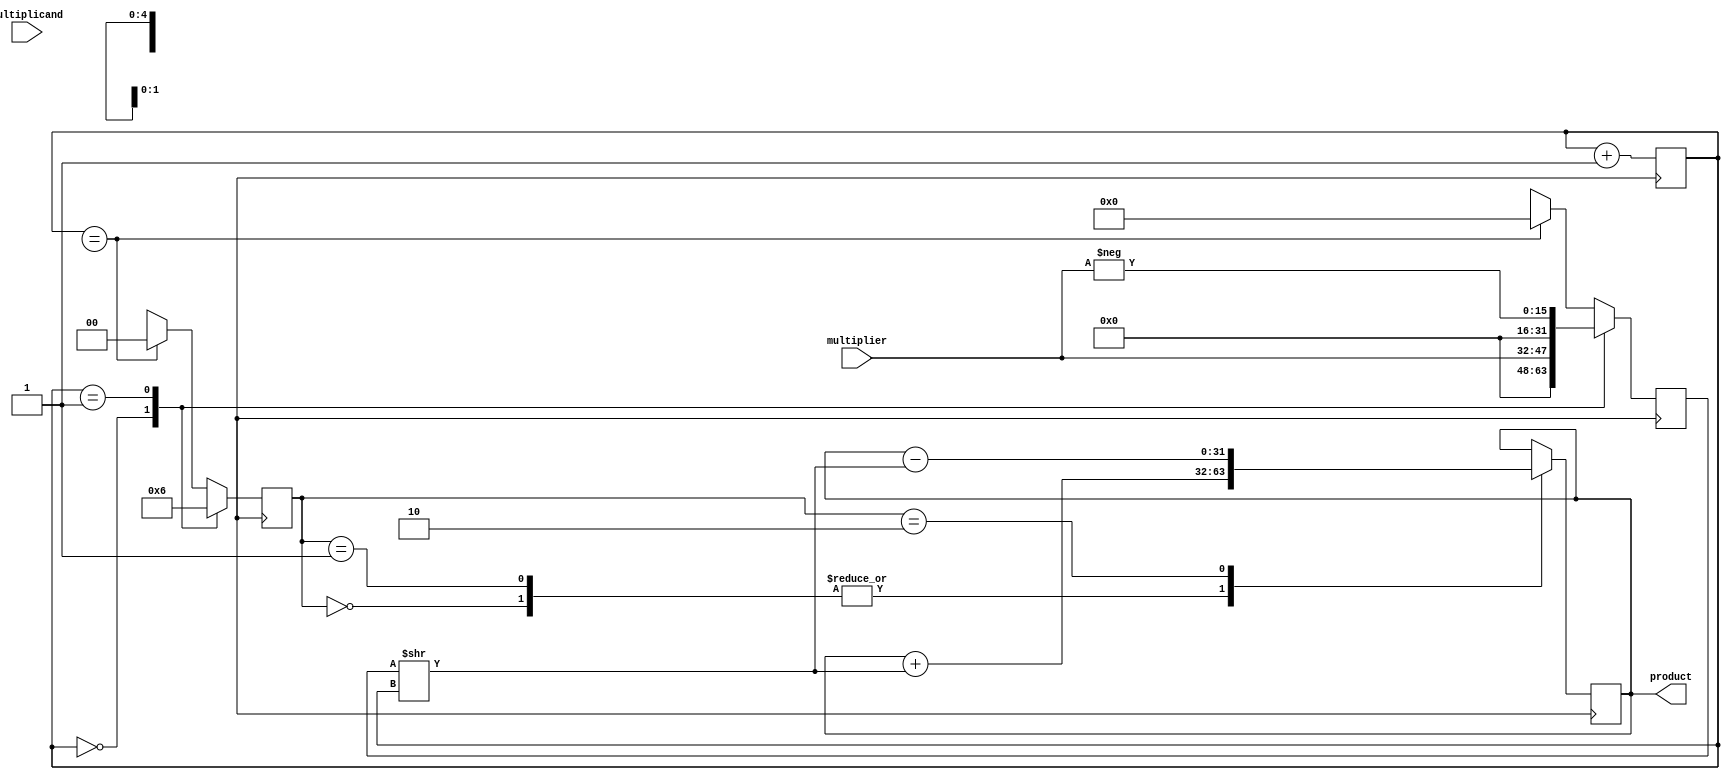
module booth_multiplier(
    input [15:0] multiplicand,
    input [15:0] multiplier,
    output [31:0] product
);

reg [31:0] partial_products;
reg [31:0] accumulator;
reg [4:0] counter;
reg [1:0] control;

always @ (posedge clk) begin
    // Booth algorithm implementation
    case(counter)
        5'b00000: begin
            control <= 2'b01;
            partial_products <= {16'd0, multiplier};
        end
        5'b00001: begin
            control <= 2'b10;
            partial_products <= {16'd0, -multiplier};
        end
        5'b1xxxxx: begin
            control <= 2'b00;
            partial_products <= {16'd0, 16'd0};
        end
    endcase
    
    // Accumulate sum of partial products
    case(control)
        2'b00: accumulator <= accumulator + (partial_products >> counter);
        2'b01: accumulator <= accumulator + (partial_products >> counter);
        2'b10: accumulator <= accumulator - (partial_products >> counter);
    endcase
    
    // Shift multiplier
    counter <= counter + 1;
end

assign product = accumulator;

endmodule